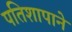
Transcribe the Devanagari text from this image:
पतिशापाने